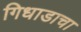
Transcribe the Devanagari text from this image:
गिधाडाचा